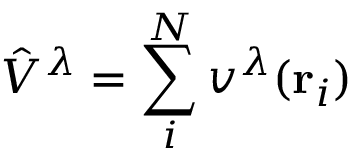
\hat { V } ^ { \lambda } = \sum _ { i } ^ { N } v ^ { \lambda } ( \mathbf { r } _ { i } )